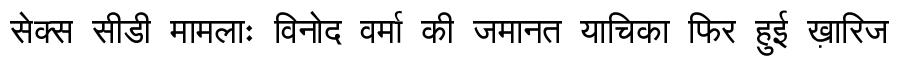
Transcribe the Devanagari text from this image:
सेक्स सीडी मामलाः विनोद वर्मा की जमानत याचिका फिर हुई ख़ारिज